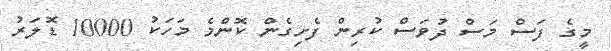
މީގެ ފަސް މަސް ދުވަސް ކުރިން ފެށިގެން ކޮންމެ މަހަކު 10000 ޑޮލަރު